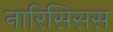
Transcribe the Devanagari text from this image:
नारिसिसस